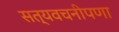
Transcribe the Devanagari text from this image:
सत्यवचनीपणा